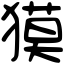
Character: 獏